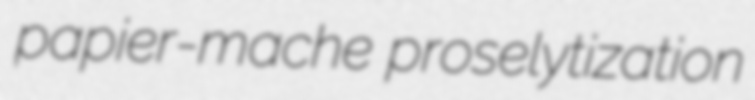
papier-mache proselytization